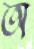
অ